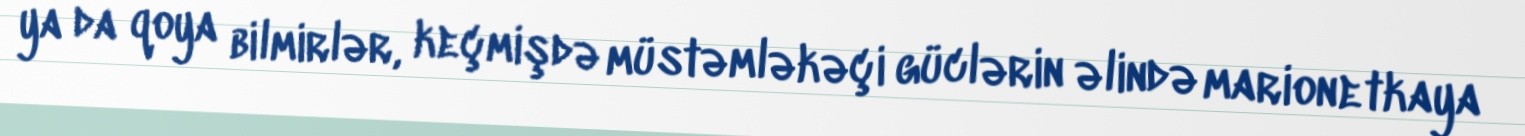
ya da qoya bilmirlər, keçmişdə müstəmləkəçi güclərin əlində marionetkaya